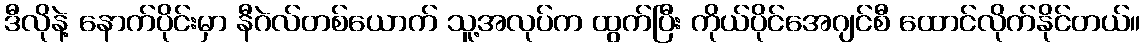
ဒီလိုနဲ့ နောက်ပိုင်းမှာ နီဂဲလ်တစ်ယောက် သူ့အလုပ်က ထွက်ပြီး ကိုယ်ပိုင်အေဂျင်စီ ထောင်လိုက်နိုင်တယ်။